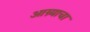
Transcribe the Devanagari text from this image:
आग्र्याचा